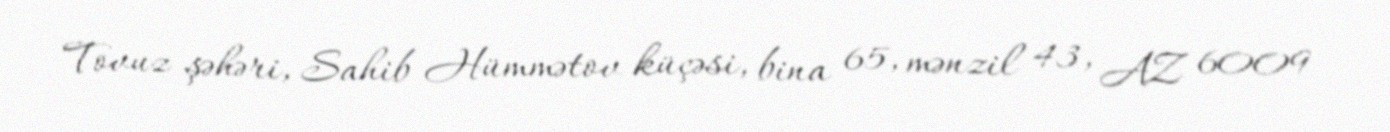
Tovuz şəhəri, Sahib Hümmətov küçəsi, bina 65, mənzil 43, AZ 6009